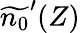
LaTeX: \widetilde{n_{0}}^{\prime}(Z)